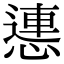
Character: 㦁